Vaccine operations Central Provinces & Berar 1912-1920 - 1912-1920
Year: 1912
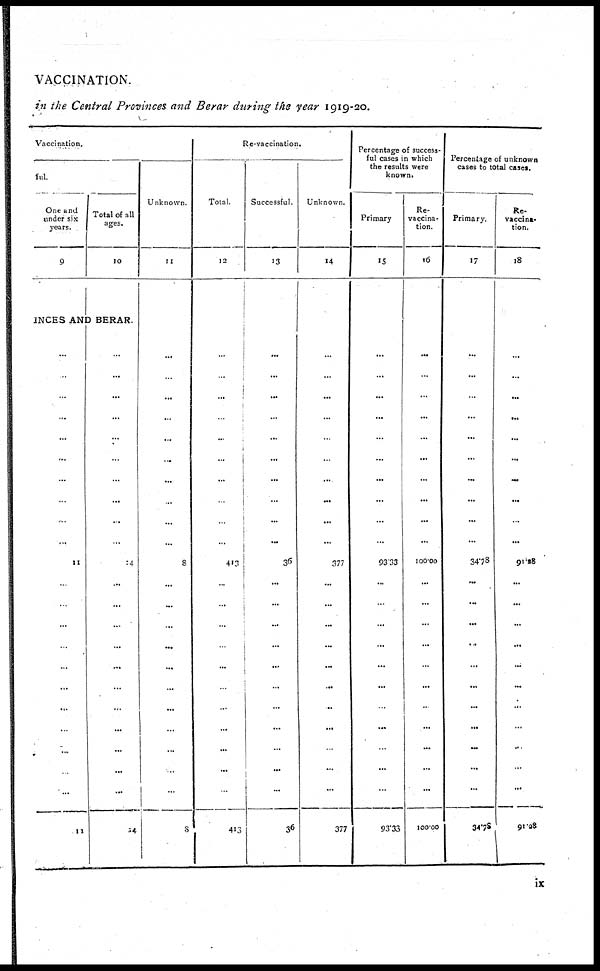
VACCINATION.
in the Central Provinces and Berar during the year 1919-20.
Vaccination.
ful.
One and
under six
years.
9
Total of all
ages.
10
INCES AND BERAR.
...
...
...
...
....
...
...
...
...
...
11
...
...
...
...
...
...
...
...
...
...
...
11
...
...
...
...
...
...
...
...
...
...
14
...
...
...
...
...
...
...
...
...
...
...
14
Unknown.
11
...
...
...
...
...
...
...
...
...
...
8
...
...
...
...
...
...
...
...
...
...
...
8
Re-vaccination.
Total.
12
...
...
...
...
...
...
...
...
...
...
413
...
...
...
...
...
...
...
...
...
...
...
413
Successful.
13
...
...
...
...
...
...
...
...
...
...
36
...
...
...
...
...
...
...
...
...
...
...
36
Unknown.
14
...
...
...
...
...
...
...
...
...
...
377
...
...
...
...
...
...
...
...
...
...
...
377
Percentage of success-
ful cases in which
the results were
known.
Primary
15
...
...
...
...
...
...
...
...
...
...
93.33
...
...
...
...
...
...
...
...
...
...
...
93.33
Re-
vaccina-
tion.
16
...
...
...
...
...
...
...
...
...
...
100.00
...
...
...
...
...
...
...
...
...
...
...
100.00
Percentage of unknown
cases to total cases.
Primary.
17
...
...
...
...
...
...
...
...
...
...
34.78
...
...
...
...
...
...
...
...
...
...
...
34.78
Re-
vaccina-
tion.
18
...
...
...
...
...
...
...
...
...
...
91.28
...
...
...
...
...
...
...
...
...
...
...
91.28
ix